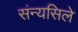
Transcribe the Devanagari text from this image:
संन्यसिले